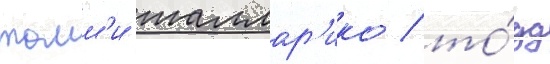
томм'и таллар'ико / то́дд